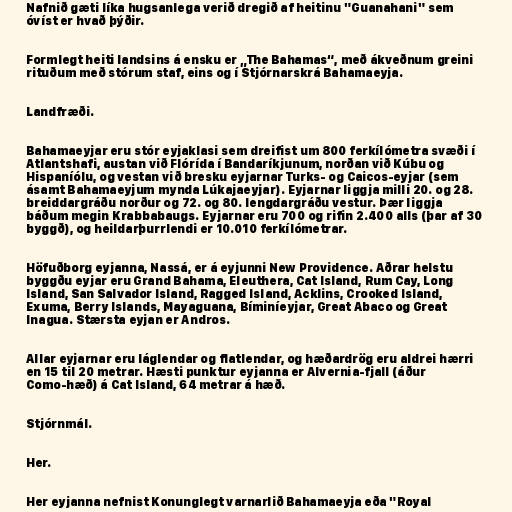
Nafnið gæti líka hugsanlega verið dregið af heitinu "Guanahani" sem
óvíst er hvað þýðir.

Formlegt heiti landsins á ensku er „The Bahamas“, með ákveðnum greini
rituðum með stórum staf, eins og í Stjórnarskrá Bahamaeyja.

Landfræði.

Bahamaeyjar eru stór eyjaklasi sem dreifist um 800 ferkílómetra svæði í
Atlantshafi, austan við Flórída í Bandaríkjunum, norðan við Kúbu og
Hispaníólu, og vestan við bresku eyjarnar Turks- og Caicos-eyjar (sem
ásamt Bahamaeyjum mynda Lúkajaeyjar). Eyjarnar liggja milli 20. og 28.
breiddargráðu norður og 72. og 80. lengdargráðu vestur. Þær liggja
báðum megin Krabbabaugs. Eyjarnar eru 700 og rifin 2.400 alls (þar af 30
byggð), og heildarþurrlendi er 10.010 ferkílómetrar.

Höfuðborg eyjanna, Nassá, er á eyjunni New Providence. Aðrar helstu
byggðu eyjar eru Grand Bahama, Eleuthera, Cat Island, Rum Cay, Long
Island, San Salvador Island, Ragged Island, Acklins, Crooked Island,
Exuma, Berry Islands, Mayaguana, Bíminíeyjar, Great Abaco og Great
Inagua. Stærsta eyjan er Andros.

Allar eyjarnar eru láglendar og flatlendar, og hæðardrög eru aldrei hærri
en 15 til 20 metrar. Hæsti punktur eyjanna er Alvernia-fjall (áður
Como-hæð) á Cat Island, 64 metrar á hæð.

Stjórnmál.

Her.

Her eyjanna nefnist Konunglegt varnarlið Bahamaeyja eða "Royal